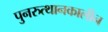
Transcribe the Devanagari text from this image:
पुनरुत्थानकालीन